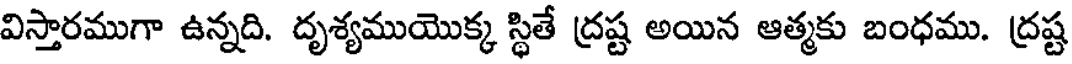
విస్తారముగా ఉన్నది. దృశ్యముయొక్క స్థితే ద్రష్ట అయిన ఆత్మకు బంధము. ద్రష్ట